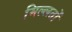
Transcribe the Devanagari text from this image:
मिल्लतों